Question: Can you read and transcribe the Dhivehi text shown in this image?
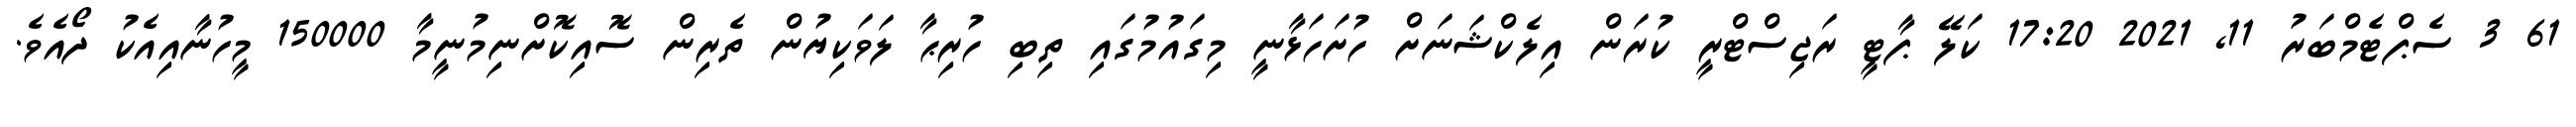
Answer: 61 3 ސެޕްޓެމްބަރު 11, 2021 17:20 ކަލޭ ޕާޓީ ރަޖިސްޓްރީ ކުރަން އިލެކްޝަނަށް ހުށަހަޅާނީ މިގައުމުގައި ތިބި ހުރިޙާ ލަވަކިޔުން ތެރިން ސޮއިކޮށްނިމުނީމާ 150000 މީހުނާއިއެކު ދޯއެވެ.